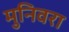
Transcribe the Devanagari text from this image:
मुनिवरा